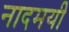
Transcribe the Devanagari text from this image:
नादमयी